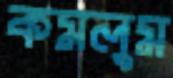
কমলুম